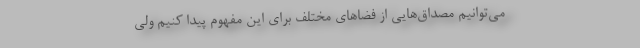
می‌توانیم مصداق‌هایی از فضاهای مختلف برای این مفهوم پیدا کنیم ولی